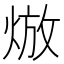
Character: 𤊦